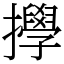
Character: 㩭